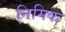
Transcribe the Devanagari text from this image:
निमिक